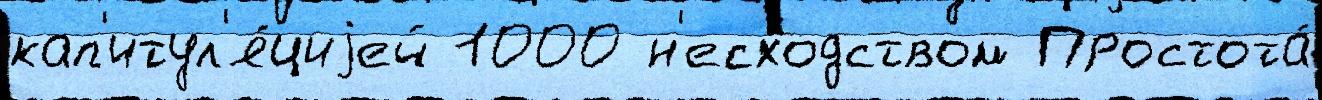
кап'итул'я́циjей 1000 н'есходством Простота́